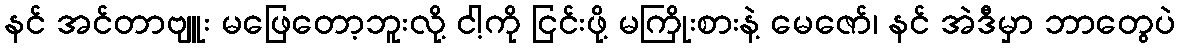
နင် အင်တာဗျူး မဖြေတော့ဘူးလို့ ငါ့ကို ငြင်းဖို့ မကြိုးစားနဲ့ မေဇော်၊ နင် အဲဒီမှာ ဘာတွေပဲ